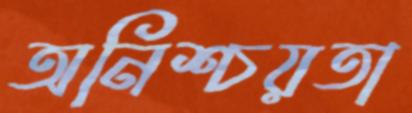
অনিশ্চয়তা